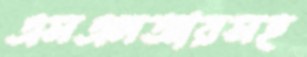
এসএলআরসহ